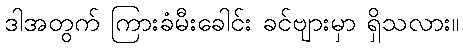
ဒါအတွက် ကြားခံမီးခေါင်း ခင်ဗျားမှာ ရှိသလား။